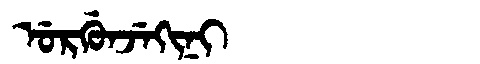
Manchu: ᡠᡵᡤᡠᠨᠵᡝᡴᡳᠨᡳ
Romanization: URGUNJEKINI